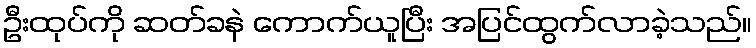
ဦးထုပ်ကို ဆတ်ခနဲ ကောက်ယူပြီး အပြင်ထွက်လာခဲ့သည်။